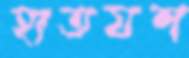
হাতযশ